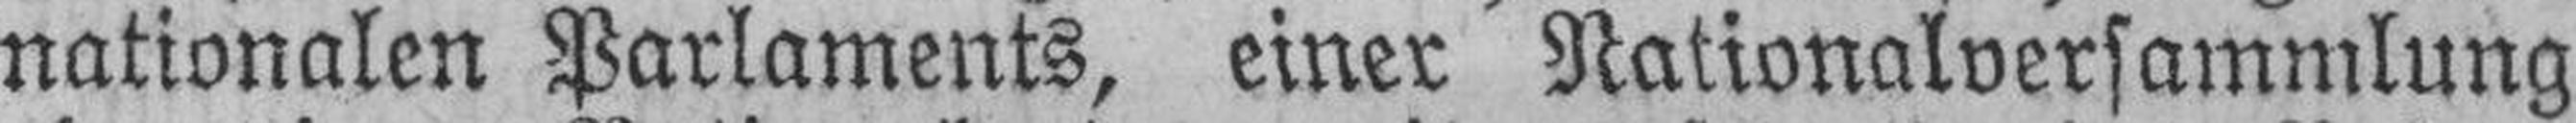
nationalen Parlaments, einer Nationalversammlung